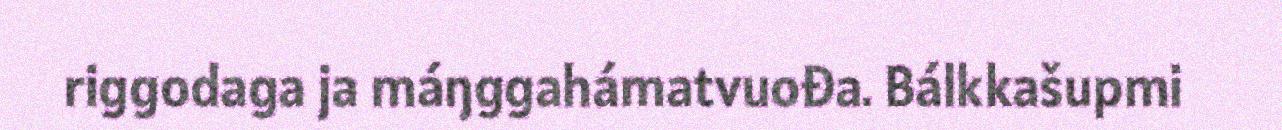
riggodaga ja máŋggahámatvuođa. Bálkkašupmi